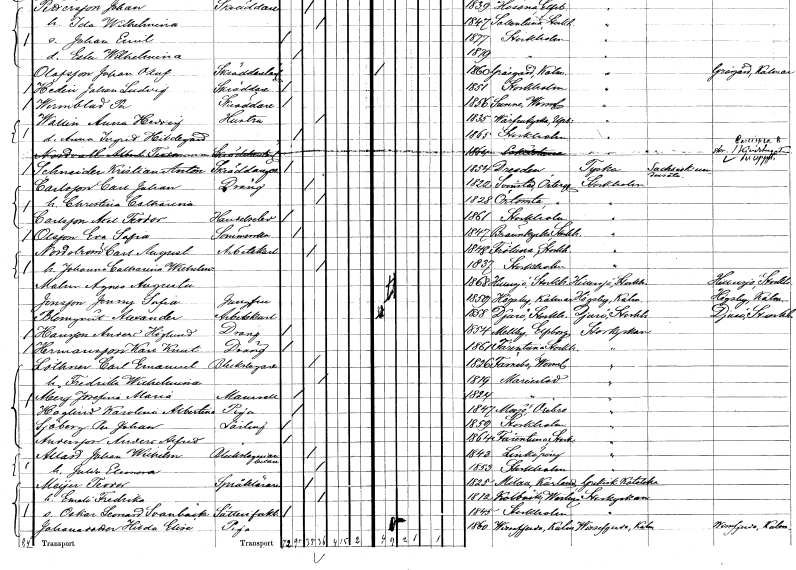
gt_parse: households: individuals: FN: Kristian Anton
EN: Schneider
YRKE: Skräddaregesäll
KON: M
CIV: O
FODAR: 1854
FN: Carl Johan
EN: Carlsson
YRKE: Dräng
KON: M
CIV: G
FODAR: 1822
FODFORS: Svinstad Östergötlands län
FN: Christina Catharina
KON: K
CIV: G
FODAR: 1828
FODFORS: Örtomta Östergötlands län
FN: Axel Teodor
EN: Carlsson
YRKE: Handelselev
KON: M
CIV: O
FODAR: 1861
FODFORS: Stockholm
FN: Eva Sofia
EN: Olsson
YRKE: Sömmerska
KON: K
CIV: O
FODAR: 1847
FODFORS: Brännkyrka Stockholms län
FN: Carl August
EN: Nordström
YRKE: Arbetskarl
KON: M
CIV: G
FODAR: 1848
FODFORS: Frötuna Stockholms län
FN: Johanna Catharina Wilhelmina
KON: K
CIV: G
FODAR: 1837
FODFORS: Stockholm
FN: Agnes Augusta
EN: Malm
KON: K
CIV: O
FODAR: 1868
FODFORS: Hilleshög Stockholms län
FN: Jenny Sofia
EN: Jonsson
YRKE: Jungfru
KON: K
CIV: O
FODAR: 1859
FODFORS: Högsby Kalmar län
FN: Alexander
EN: Blomqvist
YRKE: Arbetskarl
KON: M
CIV: O
FODAR: 1858
FODFORS: Djurö Stockholms län
FN: Anders
EN: Hansson Höglund
YRKE: Dräng
KON: M
CIV: O
FODAR: 1854
FODFORS: Mellby Älvsborgs län
FN: Karl Knut
EN: Hermansson
YRKE: Dräng
KON: M
CIV: O
FODAR: 1861
FODFORS: Färentuna Stockholms län
FN: Carl Emanuel
EN: Löthner
YRKE: Bleckslagare
KON: M
CIV: G
FODAR: 1826
FODFORS: Färnebo Värmlands län
FN: Fredrika Wilhelmina
KON: K
CIV: G
FODAR: 1819
FODFORS: Mariestad Skaraborgs län
FN: Josefina Maria
EN: Åberg
KON: K
CIV: O
FODAR: 1824
FODFORS: Mariestad Skaraborgs län
FN: Karolina Albertina
EN: Haglind
YRKE: Piga
KON: K
CIV: O
FODAR: 1847
FODFORS: Mosjö Örebro län
FN: Per Johan
EN: Sjöberg
YRKE: Lärling
KON: M
CIV: O
FODAR: 1859
FODFORS: Stockholm
FN: Anders Alfred
EN: Andersson
YRKE: Lärling
KON: M
CIV: O
FODAR: 1864
FODFORS: Färentuna Stockholms län
FN: Johan Wilhelm
EN: Allard
YRKE: Bleckslageriarbetare
KON: M
CIV: G
FODAR: 1843
FODFORS: Linköping Östergötlands län
FN: Gulda Eleonora
KON: K
CIV: G
FODAR: 1853
FODFORS: Stockholm
FN: Teodor
EN: Meÿer
YRKE: Språklärare
KON: M
CIV: G
FODAR: 1825
FN: Emeli Fredrika
KON: K
CIV: G
FODAR: 1812
FODFORS: Kolbäck Västmanlands län
FN: Oskar Leonard
EN: Svanbäck
YRKE: Säterifaktor
KON: M
CIV: O
FODAR: 1845
FODFORS: Stockholm
FN: Hilda Elise
EN: Johansdotter
YRKE: Piga
KON: K
CIV: O
FODAR: 1860
FODFORS: Vissefjärda Kalmar län